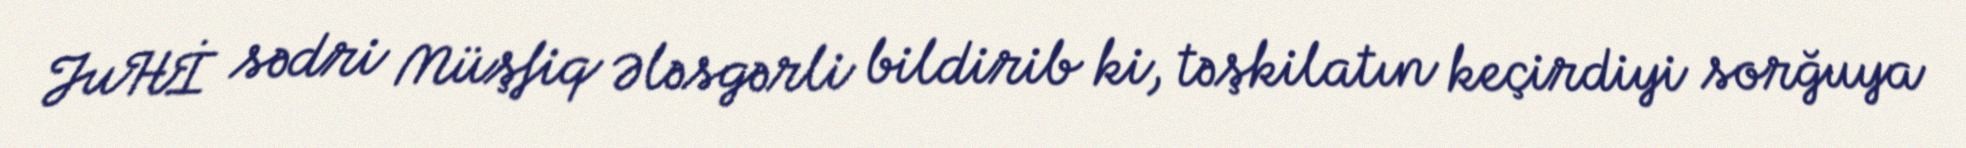
JuHİ sədri Müşfiq Ələsgərli bildirib ki, təşkilatın keçirdiyi sorğuya